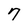
Character: 7